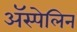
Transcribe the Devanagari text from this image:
ॲस्पेलिन